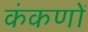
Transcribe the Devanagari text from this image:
कंकणों